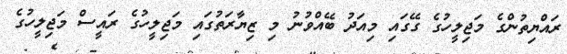
ރައްޔިތުންގެ މަޖިލީހުގެ ގޭގައި މިއަދު ބޭއްވުނު މި ޒިޔާރަތުގައި މަޖިލީހުގެ ރައީސް މަޖިލީހުގެ